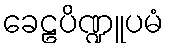
ခေဠပိဏ္ဍူပမံ